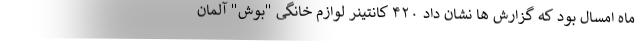
ماه امسال بود که گزارش ها نشان داد ۴۲۰ کانتینر لوازم خانگی "بوش" آلمان